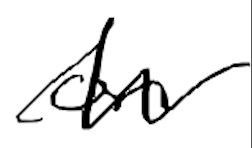
Text: on
Cross-out: zig-zag
Writing tool: digital_black